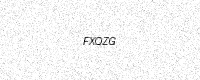
Text: FXQZG